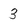
Character: 3